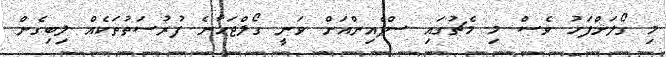
މި ގޯލަށްފަހު ވެސް މި މެޗުގައި ސްޕެއިންއަށް ވަނީ ގޯލްޖަހާނެ ފުރުސަތުތަކެއް ލިބިގެން